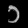
Digit: ၁